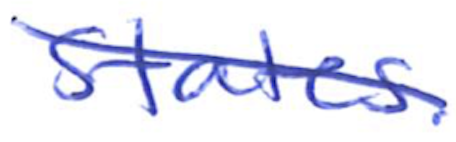
Text: States.
Cross-out: diagonal
Writing tool: ballpoint